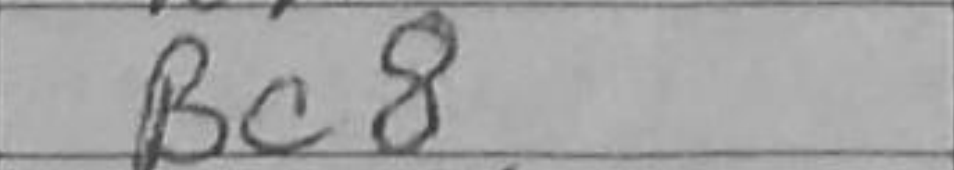
Transcription: Bc8